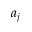
a _ { j }